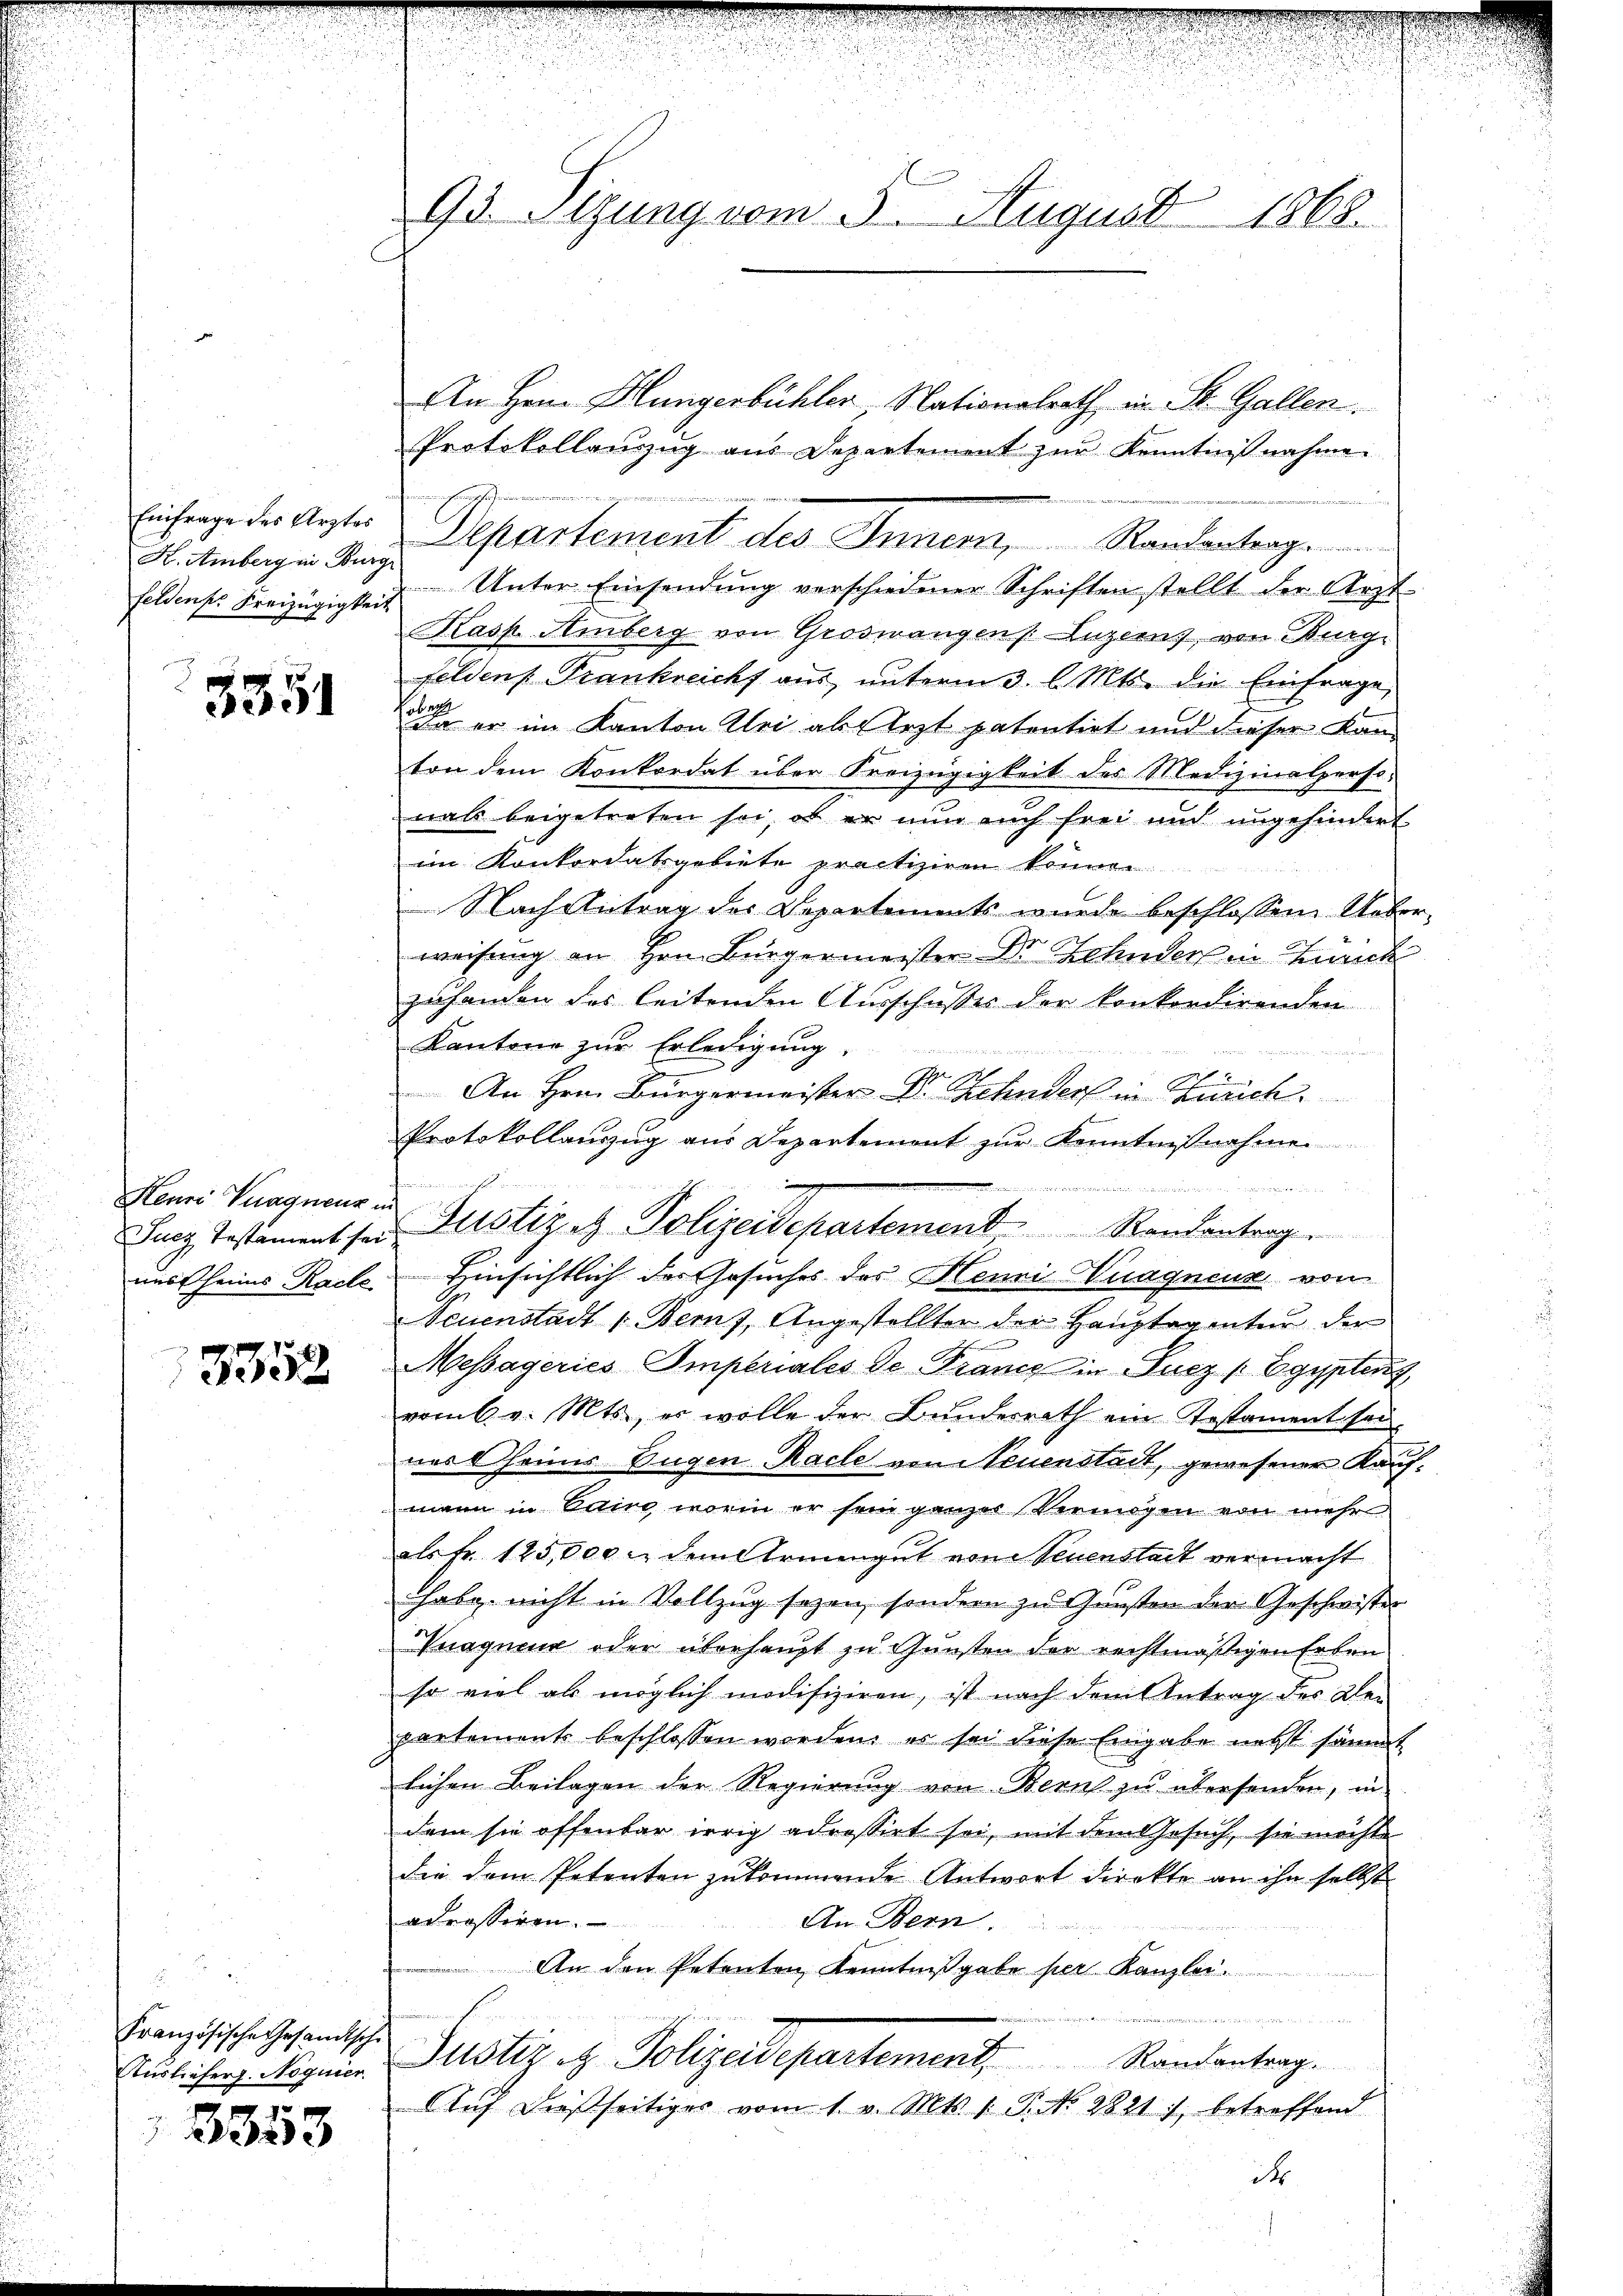
K. Amberg ein Burg

3351

Henri Vuagnenz in

13352

Französische Gesandtsche

3353

93. Stzung vom 5. August 1868.

An Herr Hungerbühler, Nationalrath in St. Gallen.
Protokollanzug aus Departement zur Kenntnißnahme.

g
Einfrage der Arter Departement des Innern, Randantrag
feldens Kreizügigkeit Unter Einsendŭng verschiedener Schriften stellt der Arzt
Kasp. Amberg von Grosnangen Luzern, von Burg
felden Frankreicht aus unterm 3. l. Mts. die Einfrage
Da er im Kanton Alei als Arzt patentirt und dieser Kanton dem Konkordat über Kreizügigkeit der Medizinalperso
mals beigetreten sei, ob er nun auch frei und ungehindert
im Konkordatsgebiete practiziren können.
Nach Antrag des Departements wurde beschlossen Ueberweisung an Hrn. Bürgermeister Dr. Zehnders in Zürich
zuhanden des leitenden Ausschusses der Konkordirenden
Kantone zur Erledigung,
ichischer der Seiter unter

An Hrn. Bürgermeister Dr. Zehnders in Zürich.
Protokollanzŭg aŭs Departement zŭr Kenntnißnahme
h
uin irrigirenuncialister eine deut
 Ma
hing, Testament sei Justiz et Polizeidepartement Randantrage
unst heims Rache Hinsichtlich des Gesuches des Henninagneur von
Neuenstadt v. Beruf, Angestellter der Hauptagentur der
Messageries Imperiales de France in Fucz (Egypterg
vom 6. v. Mts., er wolle der Bundesrath ein Testament sei
wes Heims Eugen Rache von Neuenstait, gewesener Kaufmann in Cairo worin er sein ganzer Vermögen von mehr
als Fr. 125,000 u. dem Armengut von Neuenstadt vermacht
Habg. nicht in Vollzug sagen, sondern zu Gunsten der Geschwister
Vnagner oder überhaupt zu Gunsten der rechtmäßigen Erben
so viel als möglich modifiziren, ist nach dem Antrag des Klei
partement beschlossen worden, es sei diese Eingabe nebst sämmt
lichen Beilagen der Regierung von Bern zu übersenden, in
dem sie offenbar irrig adressirt sei, mit dem Gesuch, sie möchte
die dem Petenten zukommende Antwort direkte an ihn selbst
adressiren.
An Bern.
An den Petenten, Kenntnißgabe per Kanzlei.
Annlichen Nignie Justiz & Polizeidepartement.           Randantrag.
Auf dießseitiges vom 1. v. Mts. 1 P. No. 2821, betreffend
i